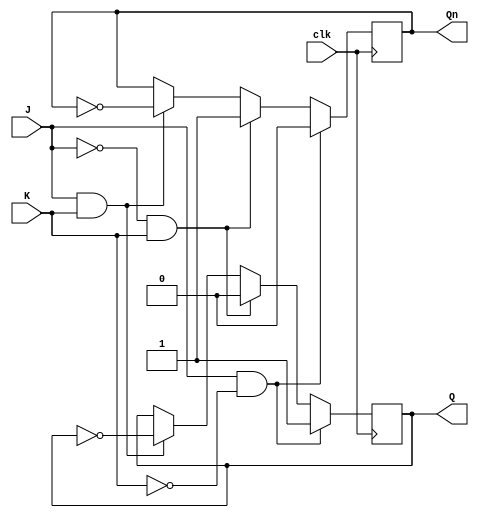
module jk_ff (
    input J, // Input J
    input K, // Input K
    input clk, // Clock input
    output reg Q, // Output Q
    output reg Qn // Output Q'
);

always @(negedge clk) begin
    if (J & ~K) begin
        Q <= 1;
        Qn <= 0;
    end else if (~J & K) begin
        Q <= 0;
        Qn <= 1;
    end else if (J & K) begin
        Q <= ~Q;
        Qn <= ~Qn;
    end
end

endmodule